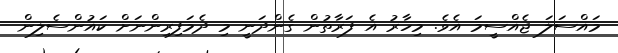
މައްސަލަ ޖެއްސީމަ އެވެ. މިހާރު އެ ފަރާތުން ގެންދަނީ މި ދެމަފިރިންނަށް ކައުންސެލިން